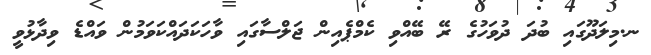
ނ.މިލަދޫގައި ބުދަ ދުވަހުގެ ރޭ ބޭއްވި ކެމްޕެއިން ޖަލްސާގައި ވާހަކަދައްކަވަމުން ވައްޑެ ވިދާޅުވީ